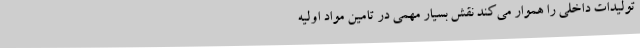
تولیدات داخلی را هموار می‌کند نقش بسیار مهمی در تامین مواد اولیه